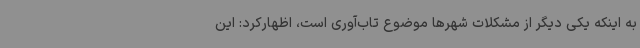
به اینکه یکی دیگر از مشکلات شهرها موضوع تاب‌آوری است، اظهارکرد: این